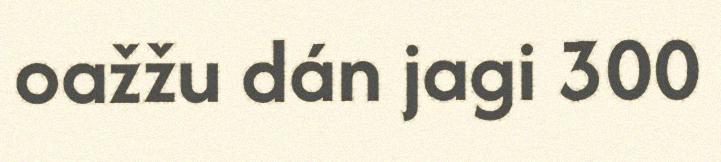
oažžu dán jagi 300